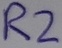
Text: R2